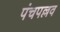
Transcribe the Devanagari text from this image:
पंचपल्लव